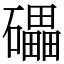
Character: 礧